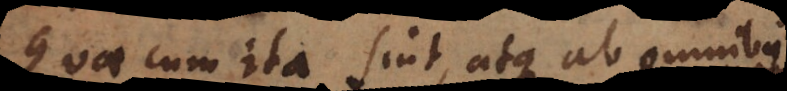
cum ita sint, atque ab omnibus